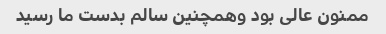
ممنون عالی بود وهمچنین سالم بدست ما رسید